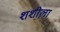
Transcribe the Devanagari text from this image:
शशीला